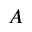
A